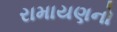
રામાયણનો